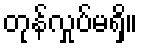
တုန်လှုပ်မရှိ။